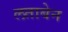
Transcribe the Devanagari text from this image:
लताबेन